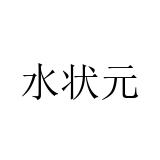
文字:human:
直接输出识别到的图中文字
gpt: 水状元